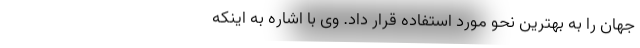
جهان را به بهترین نحو مورد استفاده قرار داد. وی با اشاره به اینکه